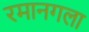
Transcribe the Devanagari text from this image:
रमानगला